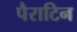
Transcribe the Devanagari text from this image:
पैराटिन